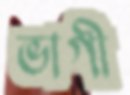
ভাগী